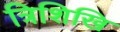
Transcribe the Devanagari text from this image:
त्रिशिखि